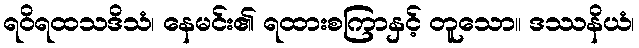
ရဝိရထသဒိသံ၊ နေမင်း၏ ရထားစကြာနှင့် တူသော။ ဒဿနိယံ၊